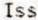
ISS